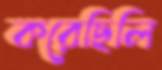
করেছিলি